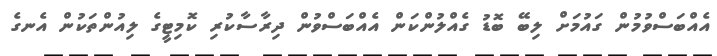
އެއްބަސްވުމުން ގައުމަށް ލިބޭ ބޮޑު ގެއްލުންކަން އެއްބަސްވުން ދިރާސާކުރި ކޮމިޓީގެ ލިއުންތަކުން އެނގެ